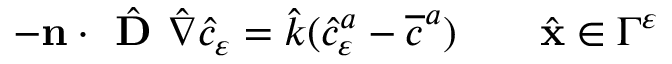
\begin{array} { r } { - \mathbf n \cdot { \hat { \textbf { D } } } { \hat { \nabla } } { \hat { c } } _ { \varepsilon } = { \hat { k } } ( { \hat { c } } _ { \varepsilon } ^ { a } - \overline { { c } } ^ { a } ) \qquad \hat { \mathbf x } \in { \Gamma } ^ { \varepsilon } } \end{array}